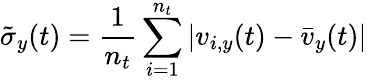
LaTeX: \tilde{\sigma}_{y}(t)=\frac{1}{n_{t}}\sum_{i=1}^{n_{t}}|v_{i,y}(t)-\bar{v}_{y}(t)|